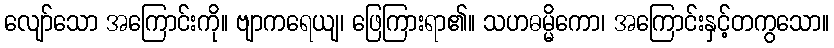
လျော်သော အကြောင်းကို။ ဗျာကရေယျ၊ ဖြေကြားရာ၏။ သဟဓမ္မိကော၊ အကြောင်းနှင့်တကွသော။